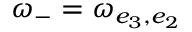
\omega _ { - } = \omega _ { e _ { 3 } , e _ { 2 } }